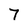
Character: 7